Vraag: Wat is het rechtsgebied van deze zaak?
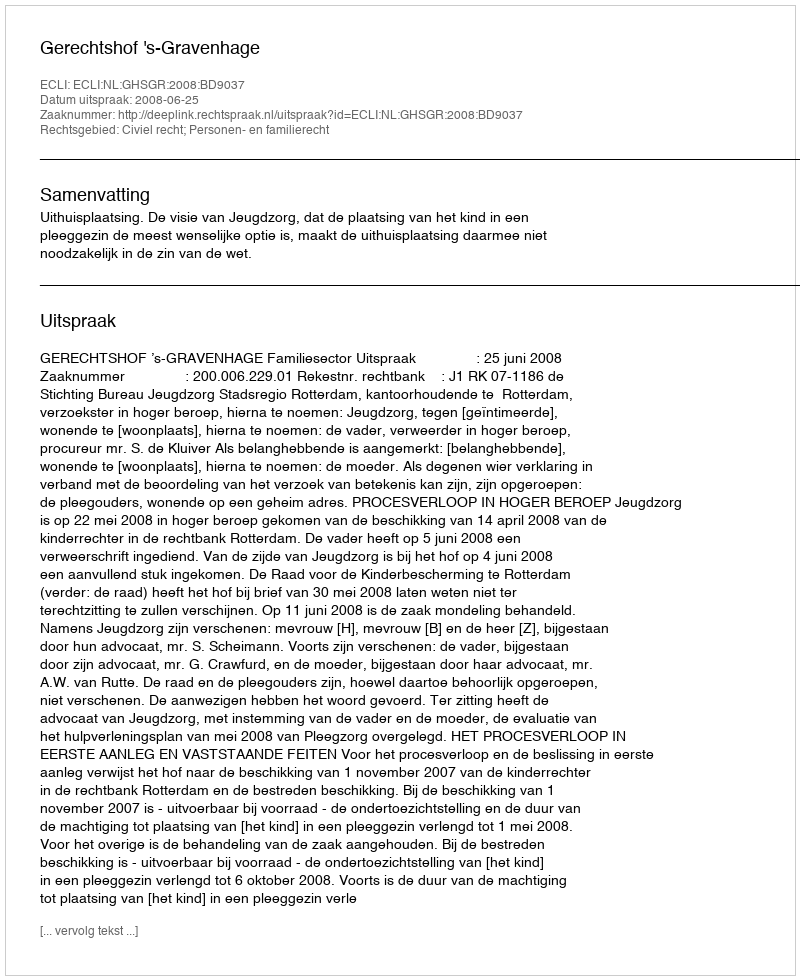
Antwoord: Civiel recht; Personen- en familierecht